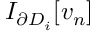
I _ { \partial D _ { i } } [ v _ { n } ]